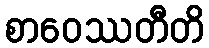
စာဝေဿတီတိ